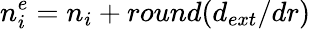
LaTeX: n_{i}^{e}=n_{i}+round(d_{ext}/dr)